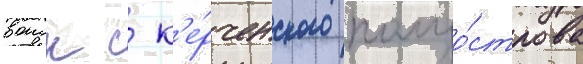
воиск с к'е́рченского полуо́строва